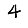
Digit: 4